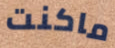
ماكنت